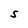
Character: S